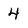
Character: 4